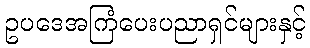
ဥပဒေအကြံပေးပညာရှင်များနှင့်